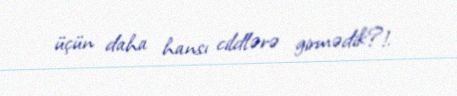
üçün daha hansı cildlərə girmədik?!.